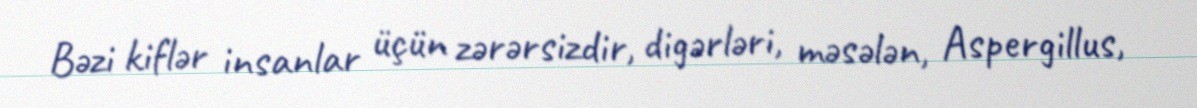
Bəzi kiflər insanlar üçün zərərsizdir, digərləri, məsələn, Aspergillus,